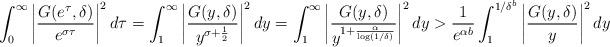
LaTeX: \begin{align*} \int_0^\infty \left| \frac{G(e^{\tau}, \delta)}{e^{\sigma\tau}} \right|^2 d\tau = \int_1^\infty \left| \frac{G(y, \delta)}{y^{\sigma+\frac{1}{2}}} \right|^2 dy &= \int_1^\infty \left| \frac{G(y, \delta)}{y^{1+\frac{\alpha}{\log(1/\delta)}}} \right|^2 dy > \frac{1}{e^{\alpha b}} \int_1^{1/\delta^b} \left| \frac{G(y, \delta)}{y} \right|^2 dy\end{align*}